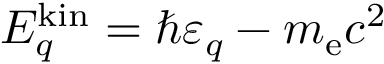
E _ { q } ^ { \mathrm { k i n } } = \hbar \varepsilon _ { q } - m _ { \mathrm { e } } c ^ { 2 }